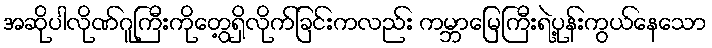
အဆိုပါလိုဏ်ဂူကြီးကိုတွေ့ရှိလိုက်ခြင်းကလည်း ကမ္ဘာမြေကြီးရဲ့ပုန်းကွယ်နေသော